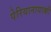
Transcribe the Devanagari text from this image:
पेरियानायाकी